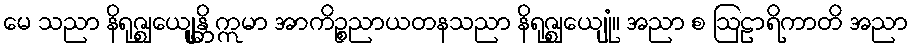
မေ သညာ နိရုဇ္ဈေယျုန္တိ ဣမာ အာကိဉ္စညာယတနသညာ နိရုဇ္ဈေယျုံ။ အညာ စ ဩဠာရိကာတိ အညာ